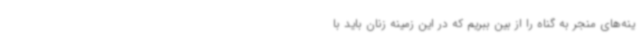
ینه‌های منجر به گناه را از بین ببریم که در این زمینه زنان باید با